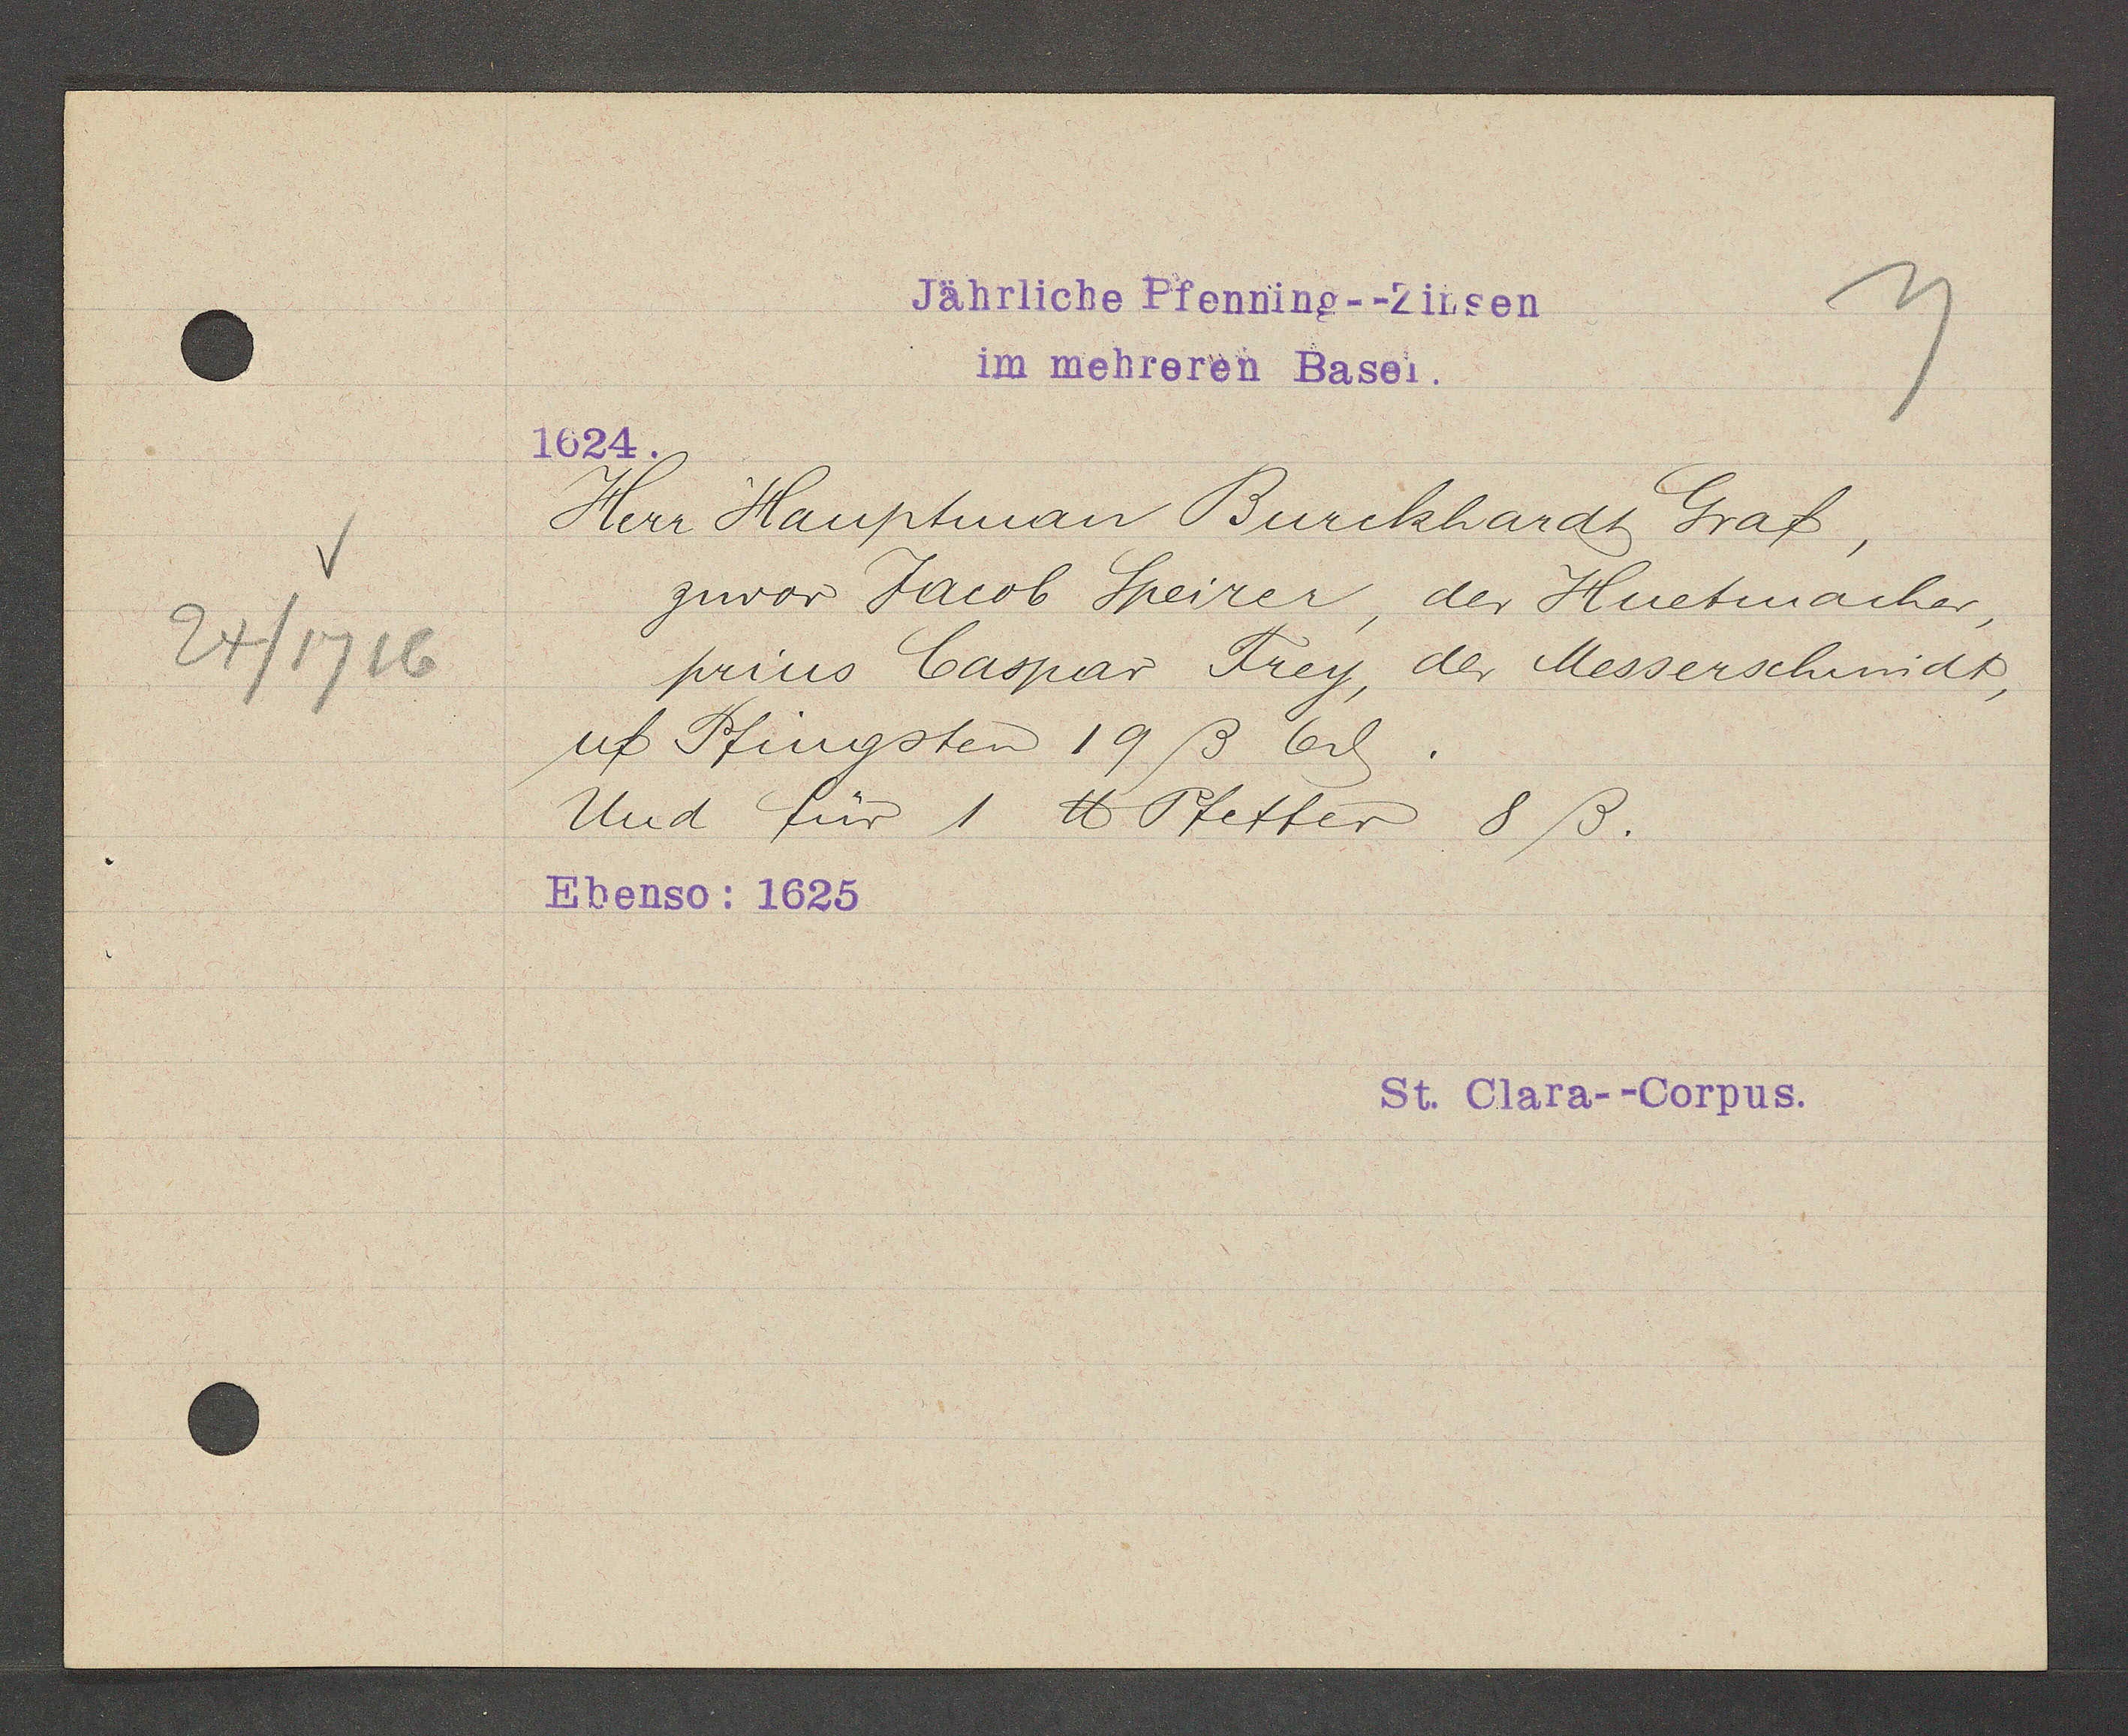
Transcript:
24/1716

Jährliche Pfenning-- Zinsen
im mehreren Basel.

1624
Herr Hauptman Burckhardt Graf,
zuvor Jacob Speirer, der Huetmacher,
prius Caspar Frey, der Messerschmidt,
uf Pfingsten 19ß 6ȡ.
Und für 1 ℔ Pfeffer 8 ß.
Ebenso: 1625

St. Clara--Corpus.